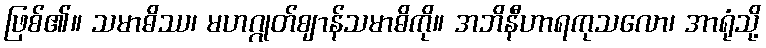
ဖြစ်၏။ သမာဓိဿ၊ မဟဂ္ဂုတ်ဈာန်သမာဓိကို။ အဘိနီဟာရကုသလော၊ အာရုံသို့